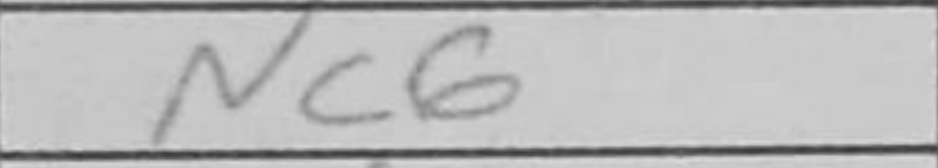
Transcription: Nc6